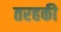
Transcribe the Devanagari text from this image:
तरहकी